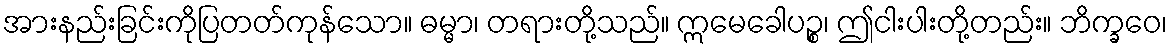
အားနည်းခြင်းကိုပြတတ်ကုန်သော။ ဓမ္မာ၊ တရားတို့သည်။ ဣမေခေါပဉ္စ၊ ဤငါးပါးတို့တည်း။ ဘိက္ခဝေ၊